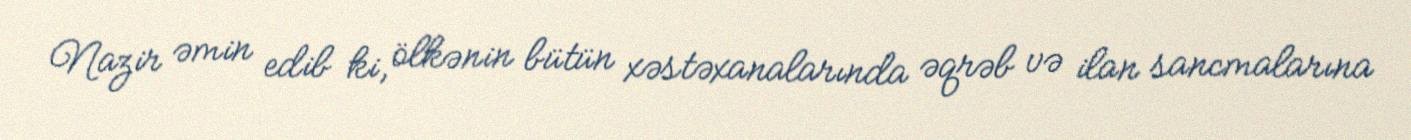
Nazir əmin edib ki, ölkənin bütün xəstəxanalarında əqrəb və ilan sancmalarına